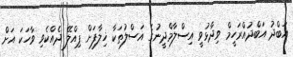
އަބްދު އަބްދުއްރަހީމް ވިދާޅުވީ އިސްލާމްދީނުގެ އަސްލުތަކާ ޚިލާފަށް ޕިއްލޭ ދެއްކެވި ވާހަކަ އަށް